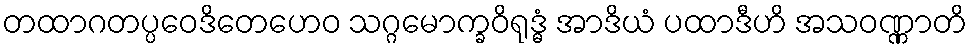
တထာဂတပ္ပဝေဒိတေဟေဝ သဂ္ဂမောက္ခဝိရုဒ္ဓံ အာဒိယံ ပထာဒီဟိ အသဝဏ္ဏာတိ